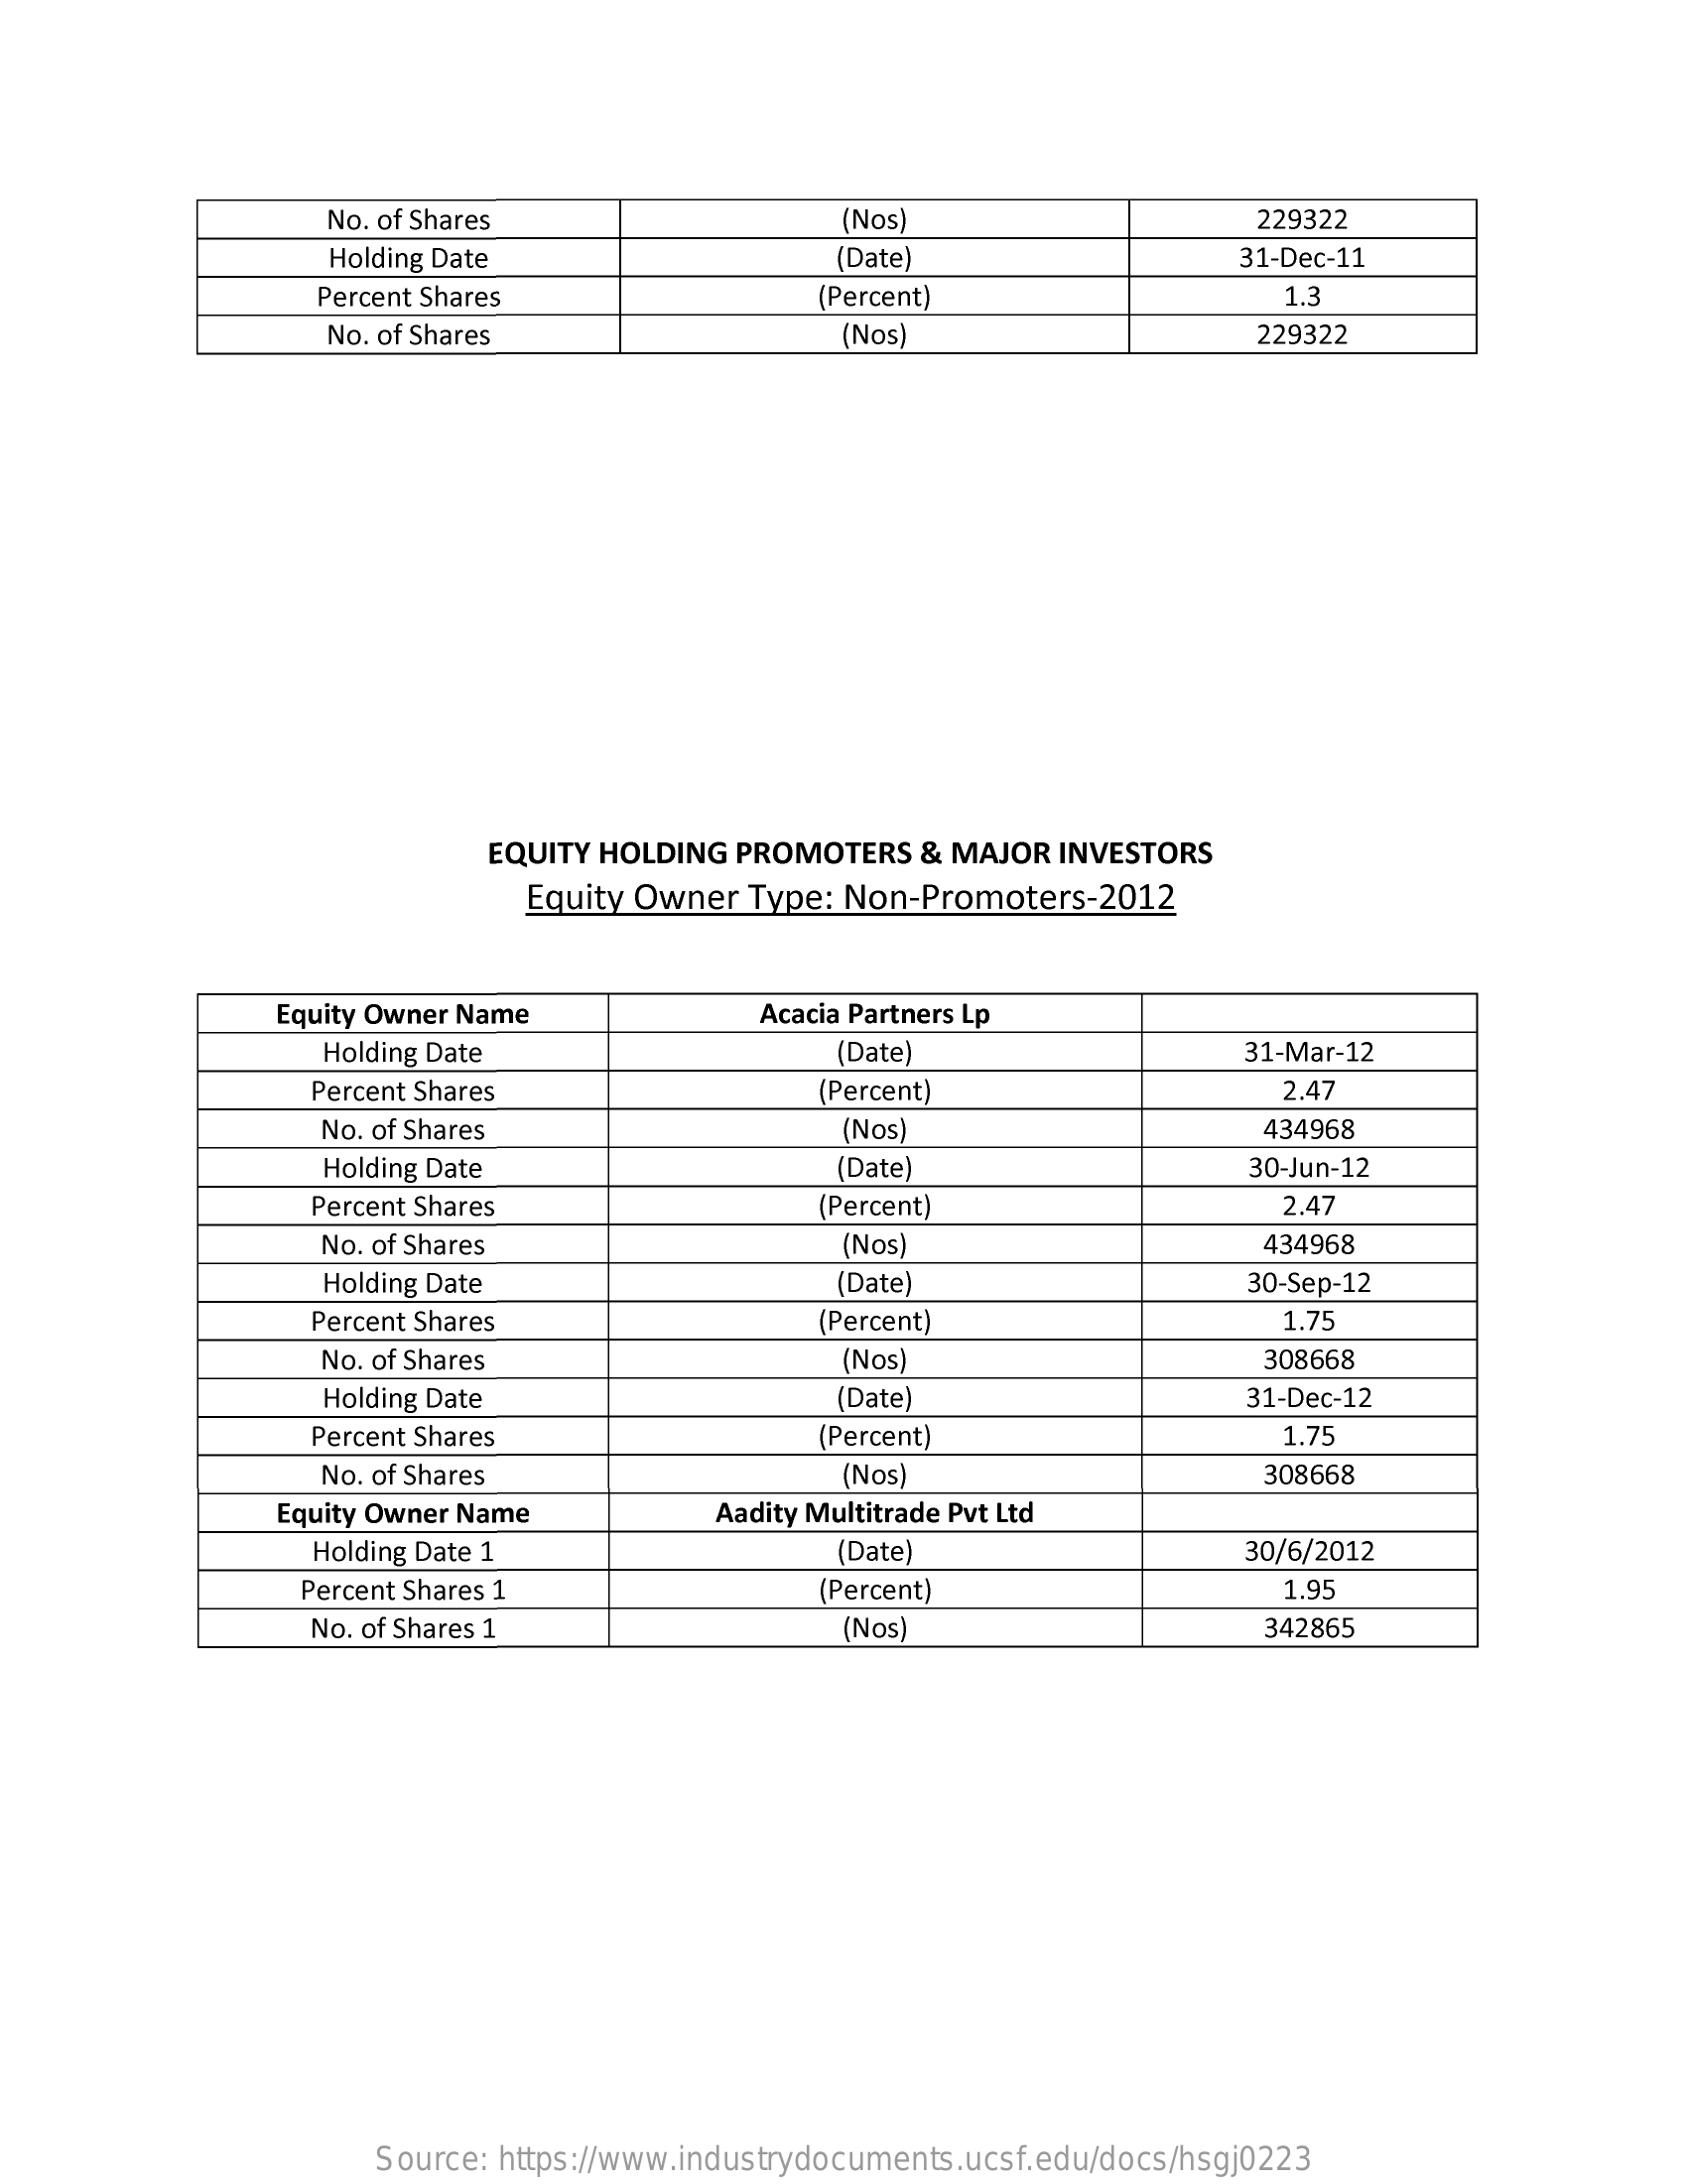
No. of Shares    (Nos)    229322
     Holding Date    (Date)    31-Dec-11
     Percent Shares    (Percent)    1.3
     No. of Shares    (Nos)    229322
     EQUITY HOLDING PROMOTERS   & MAJOR  INVESTORS
     Equity Owner Type: Non-Promoters-2012
     Equity Owner Name    Acacia Partners Lp
     Holding Date    (Date)    31-Mar-12
     Percent Shares    (Percent)    2.47
     No. of Shares    (Nos)    434968
     Holding Date    (Date)    30-Jun-12
     Percent Shares    (Percent)    2.47
     No. of Shares    (Nos)    434968
     Holding Date    (Date    30-Sep-12
     Percent Shares    (Percent)    1.75
     No. of Shares    (Nos)    308668
     Holding Date    (Date)    31-Dec-12
     Percent Shares    (Percent)    1.75
     No. of Shares    (Nos)    308668
     Equity Owner Name    Aadity Multitrade Pvt Ltd
     Holding Date 1    (Date    30/6/2012
     Percent Shares 1    (Percent)    1.95
     No. of Shares 1    (Nos)    342865
     Source: https://www.industrydocuments.ucsf.edu/docs/hsgj0223